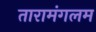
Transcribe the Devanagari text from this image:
तारामंगलम